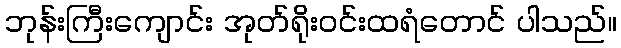
ဘုန်းကြီးကျောင်း အုတ်ရိုးဝင်းထရံတောင် ပါသည်။